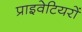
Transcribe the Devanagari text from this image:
प्राइवेटियरों